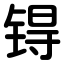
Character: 锝